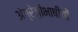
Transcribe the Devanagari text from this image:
अंग्रेज़ीभाषीयों